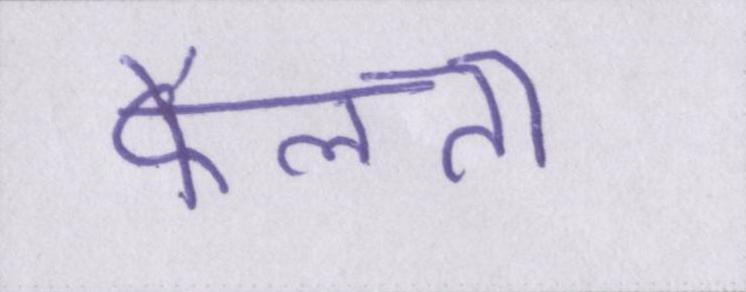
फैलता